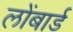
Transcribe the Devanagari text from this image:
लोंबार्ड